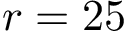
r = 2 5